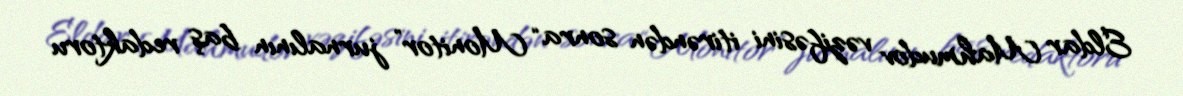
Eldar Mahmudov vəzifəsini itirəndən sonra “Monitor” jurnalının baş redaktoru